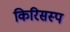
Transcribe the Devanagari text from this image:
किरिसस्प